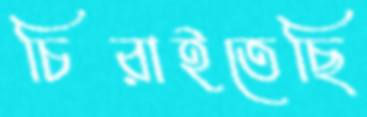
চিরাইতেছি